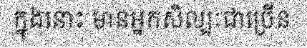
ក្នុងនោះ មានអ្នកសិល្បៈជាច្រើន